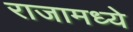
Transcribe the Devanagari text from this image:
राजामध्ये